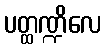
ပတ္ထဏ္ဍိလေ